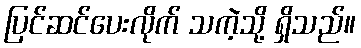
ပြင်ဆင်ပေးလိုက် သကဲ့သို့ ရှိသည်။